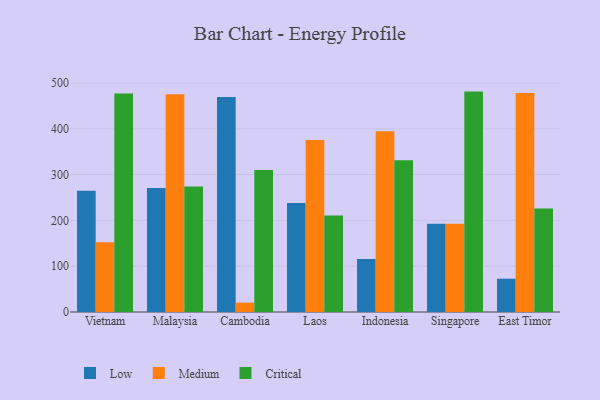
{"axis": {"x": "Country", "y": "Demand Index"}, "legend": ["Critical", "Low", "Medium"], "data": [{"x": "Vietnam", "y": 264.5, "type": "Low"}, {"x": "Vietnam", "y": 152.2, "type": "Medium"}, {"x": "Vietnam", "y": 477.0, "type": "Critical"}, {"x": "Malaysia", "y": 270.7, "type": "Low"}, {"x": "Malaysia", "y": 475.1, "type": "Medium"}, {"x": "Malaysia", "y": 274.0, "type": "Critical"}, {"x": "Cambodia", "y": 469.5, "type": "Low"}, {"x": "Cambodia", "y": 20.4, "type": "Medium"}, {"x": "Cambodia", "y": 310.2, "type": "Critical"}, {"x": "Laos", "y": 237.8, "type": "Low"}, {"x": "Laos", "y": 375.3, "type": "Medium"}, {"x": "Laos", "y": 210.5, "type": "Critical"}, {"x": "Indonesia", "y": 115.7, "type": "Low"}, {"x": "Indonesia", "y": 394.7, "type": "Medium"}, {"x": "Indonesia", "y": 331.5, "type": "Critical"}, {"x": "Singapore", "y": 192.9, "type": "Low"}, {"x": "Singapore", "y": 192.6, "type": "Medium"}, {"x": "Singapore", "y": 481.1, "type": "Critical"}, {"x": "East Timor", "y": 72.7, "type": "Low"}, {"x": "East Timor", "y": 478.2, "type": "Medium"}, {"x": "East Timor", "y": 225.7, "type": "Critical"}]}